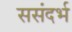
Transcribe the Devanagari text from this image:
ससंदर्भ